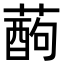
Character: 𮑄